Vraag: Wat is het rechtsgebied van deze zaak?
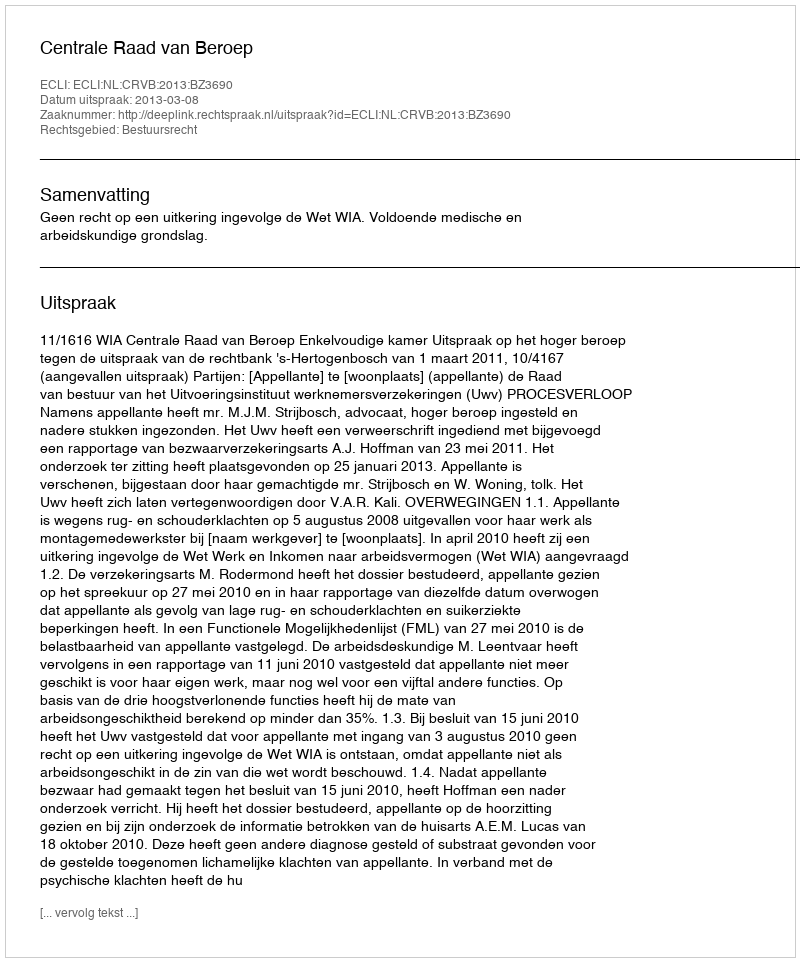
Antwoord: Bestuursrecht